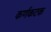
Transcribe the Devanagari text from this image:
कर्णकटक